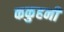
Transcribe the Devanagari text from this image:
ककुहनी